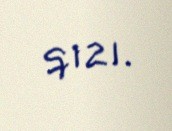
qızı.